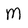
Character: m